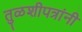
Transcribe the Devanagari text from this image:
तुळशीपत्रांनी